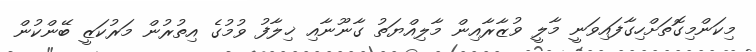
މިކަންމިގޮތަށްހިގާފައިވަނީ މާލީ ވުޒާރާއިން މާލިއްޔަތު ގާނޫނާއި ޚިލާފު ވުމުގެ އިތުރުން މަރުކަޒީ ބޭންކުން